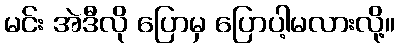
မင်း အဲဒီလို ပြောမှ ပြောပါ့မလားလို့။